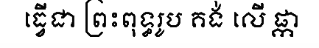
ធ្វើជា ព្រះពុទ្ធរូប គង់ លើ ផ្កា